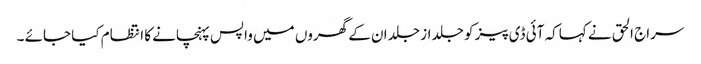
سراج الحق نے کہاکہ آئی ڈی پیز کو جلد از جلد ان کے گھروں میں واپس پہنچانے کا انتظام کیا جائے ۔